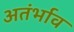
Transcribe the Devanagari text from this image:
अतंर्भाव